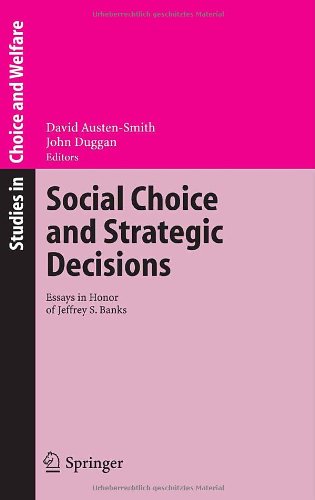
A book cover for Social Choice and Strategic Decisions: Essays in Honor of Jeffrey S. Banks (Studies in Choice and Welfare); Business & Money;